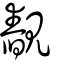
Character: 䚎